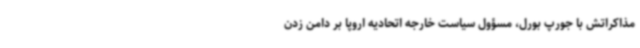
مذاکراتش با جورپ بورل، مسؤول سیاست خارجه اتحادیه اروپا بر دامن زدن